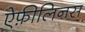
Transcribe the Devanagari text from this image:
ऐफ़ीलिनस